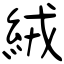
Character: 絨